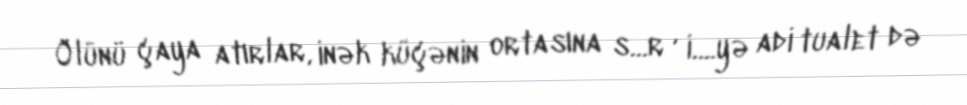
Ölünü çaya atırlar, inək küçənin ortasına s...r , i....yə adi tualet də